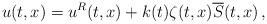
LaTeX: \begin{align*}u(t,x) = u^R(t,x) + k(t) \zeta(t,x) \overline{S}(t,x)\,,\end{align*}